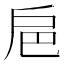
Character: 𢨴